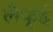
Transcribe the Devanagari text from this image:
लैफूई